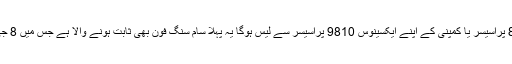
گلیکسی نوٹ 9 اسنیپ ڈراگون 845 پراسیسر یا کمپنی کے اپنے ایکسینوس 9810 پراسیسر سے لیس ہوگا یہ پہلا سام سنگ فون بھی ثابت ہونے والا ہے جس میں 8 جی بی ریم دیئے جانے کا امکان ہے۔